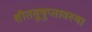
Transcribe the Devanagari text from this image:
शीतसुषुप्तावस्था